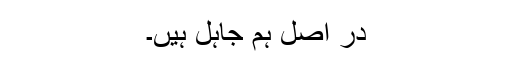
در اصل ہم جاہل ہیں۔